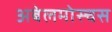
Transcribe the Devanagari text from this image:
अबेलमोस्चस